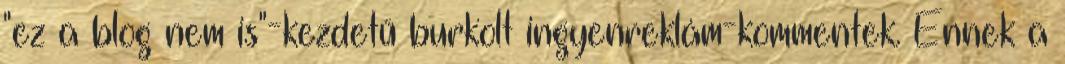
"ez a blog nem is"-kezdetű burkolt ingyenreklám-kommentek. Ennek a